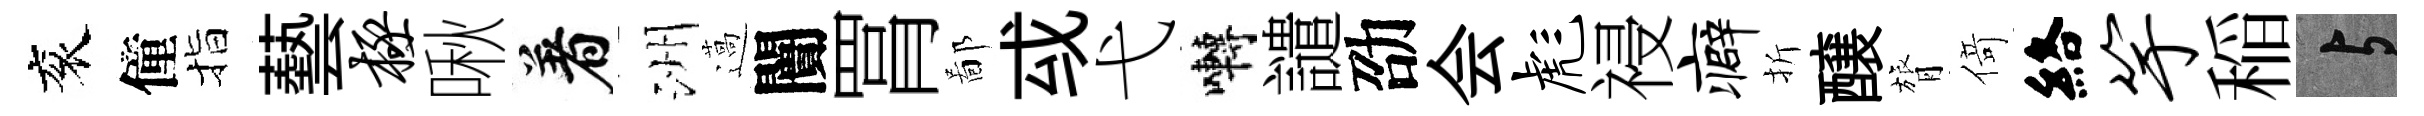
衮僮指藝极啾着洲薖闠罥鄙㦯弋囀譴劭会彪祲癖折醸膂𠋣絡竽稲与